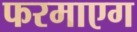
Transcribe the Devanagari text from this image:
फरमाएग